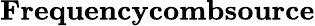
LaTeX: \textbf{Frequencycombsource}